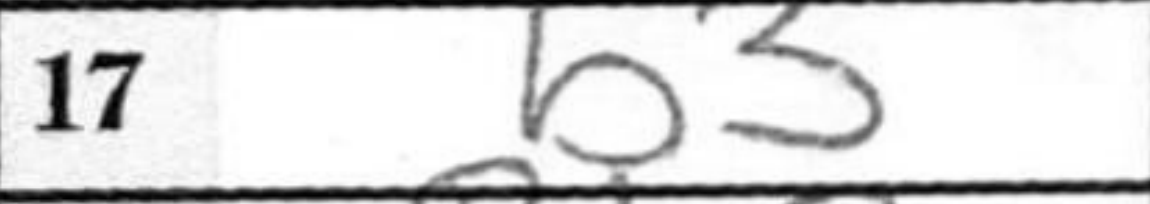
Transcription: b3